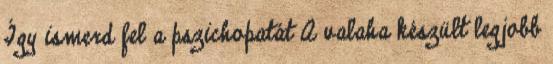
Így ismerd fel a pszichopatát A valaha készült legjobb